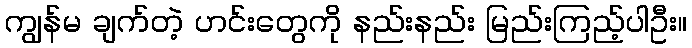
ကျွန်မ ချက်တဲ့ ဟင်းတွေကို နည်းနည်း မြည်းကြည့်ပါဦး။